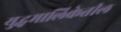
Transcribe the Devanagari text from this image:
युद्धमालिकेतील